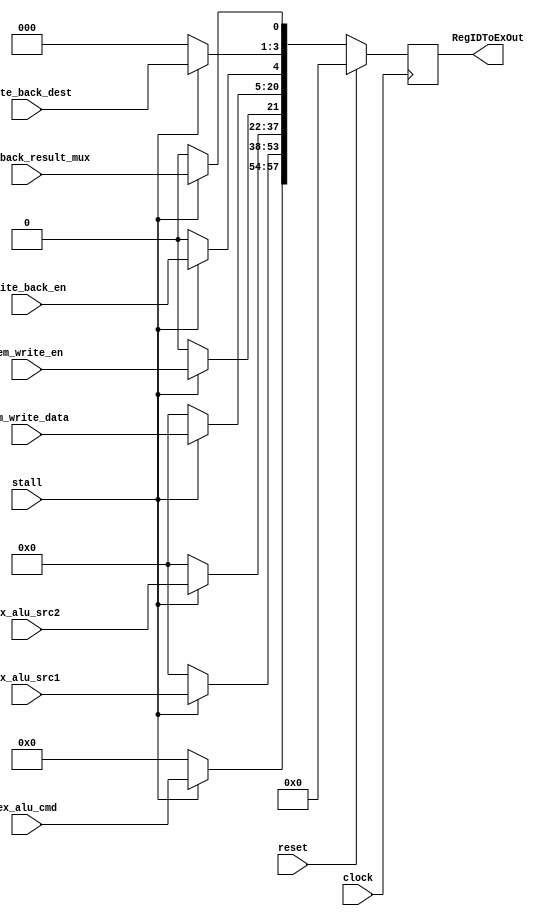
module ID_EX(
  input clock,
  input reset,
  input[3:0] ex_alu_cmd,
  input [15:0] ex_alu_src1,
  input[15:0] ex_alu_src2,
  input mem_write_en,
  input [15:0] mem_write_data,
  input write_back_en,
  input [2:0] write_back_dest,
  input write_back_result_mux,
  input stall,
  output [57:0] RegIDToExOut
);

  reg [57:0]myRegIDToEx;
  always@(posedge clock) begin
    if(reset)
      myRegIDToEx = 0;
    else if(stall) begin 
      myRegIDToEx[57:54] = ex_alu_cmd; 
      myRegIDToEx[53:38] = ex_alu_src1;
      myRegIDToEx[37:22] = ex_alu_src2;
      myRegIDToEx[21:21] = mem_write_en;
      myRegIDToEx[20:5] = mem_write_data;
      myRegIDToEx[4:4] = write_back_en;
      myRegIDToEx[3:1] = write_back_dest;
      myRegIDToEx[0:0] = write_back_result_mux;
    end
    else
      myRegIDToEx = 0;
   end
  
  assign RegIDToExOut = myRegIDToEx;
  
endmodule